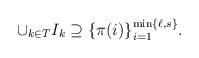
LaTeX: \begin{align*} \cup_{k \in T} I_k \supseteq {\{ \pi(i) \}}^{\min \{\ell,s\}}_{i=1}.\end{align*}